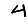
Digit: 4